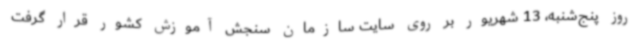
روز پنج‌شنبه، 13 شهریور بر روی سایت سازمان سنجش آموزش کشور قرار گرفت